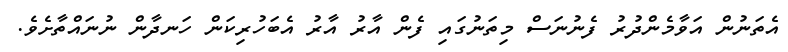
އެތަނުން އަވާމެންދުރު ފެނުނަސް މިތަނުގައި ފެން އާރު އާރު އެބަހުރިކަން ހަނދާން ނުނައްތާށެވެ.